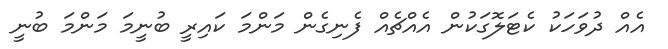
އެއް ދުވަހަކު ކެޓަލޮގަކުން އެއްޗެއް ފެނިގެން މަންމަ ކައިރީ ބުނީމަ މަންމަ ބުނީ